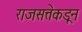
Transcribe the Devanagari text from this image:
राजसत्तेकडून